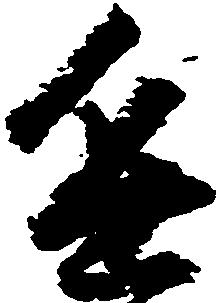
進